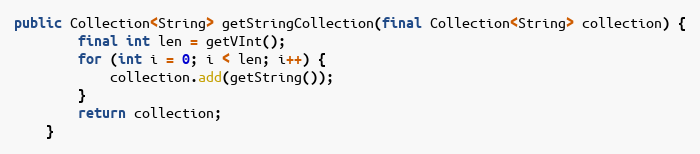
Language: Java
public Collection<String> getStringCollection(final Collection<String> collection) {
		final int len = getVInt();
		for (int i = 0; i < len; i++) {
			collection.add(getString());
		}
		return collection;
	}